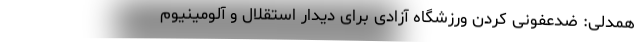
همدلی: ضدعفونی کردن ورزشگاه آزادی برای دیدار استقلال و آلومینیوم